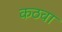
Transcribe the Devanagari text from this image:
कठवा